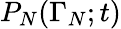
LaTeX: P_{N}(\Gamma_{N};t)